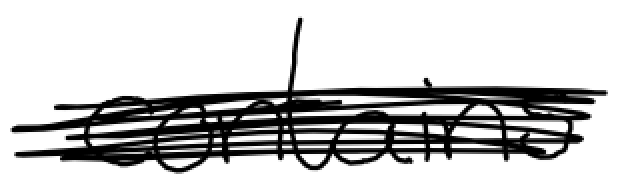
Text: contains
Cross-out: scratch
Writing tool: digital_black